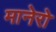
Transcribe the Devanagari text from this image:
मानेरो